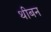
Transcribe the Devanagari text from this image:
थीबन